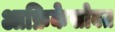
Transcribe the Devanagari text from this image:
आफ्रिकेसोबत